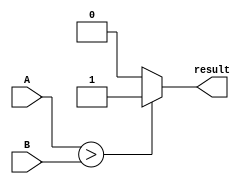
module inequality_comparator(
  input signed [31:0] A,
  input signed [31:0] B,
  output reg result
);

always @(*) begin
  if (A > B) begin
    result = 1'b1; // A is greater than B
  end else if (A < B) begin
    result = 1'b0; // A is less than B
  end else begin
    result = 1'b0; // A is equal to B
  end
end

endmodule